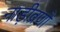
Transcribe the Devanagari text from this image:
नाड़ीव्रणों